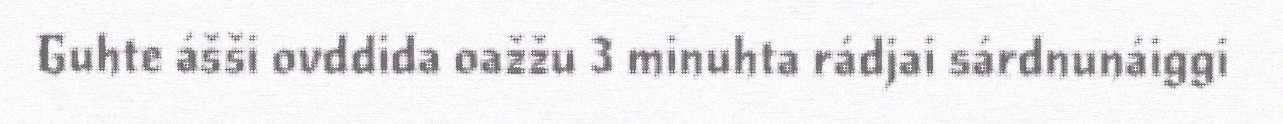
Guhte ášši ovddida oažžu 3 minuhta rádjai sárdnunáiggi